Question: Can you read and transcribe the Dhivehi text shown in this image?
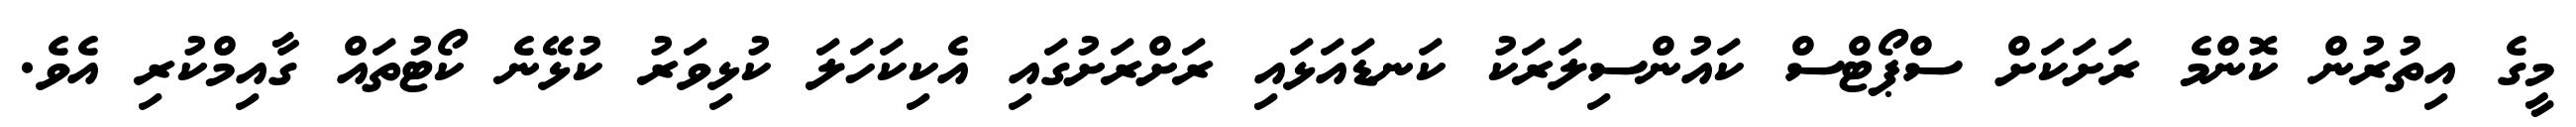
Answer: މީގެ އިތުރުން ކޮންމެ ރަށަކަށް ސްޕޯޓްސް ކައުންސިލަރަކު ކަނޑައަޅައި ރަށްރަށުގައި އެކިކަހަލަ ކުޅިވަރު ކުޅޭނެ ކޯޓުތައް ގާއިމްކުރި އެވެ.